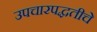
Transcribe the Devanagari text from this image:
उपचारपद्धतीचे